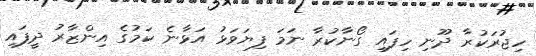
ހިޖުރަކުރާ ދޫނި ހިފައި ގޯނާކުރާ ނަމަ ފިޔަވަޅު އަޅާނެ ކަމުގެ އިންޒާރު ދީފައި